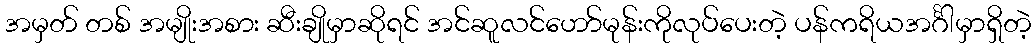
အမှတ် တစ် အမျိုးအစား ဆီးချိုမှာဆိုရင် အင်ဆူလင်ဟော်မုန်းကိုလုပ်ပေးတဲ့ ပန်ကရိယအင်္ဂါမှာရှိတဲ့